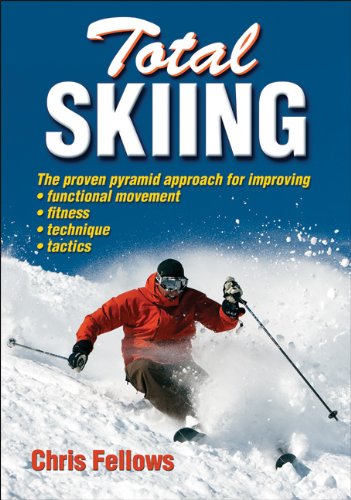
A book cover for Total Skiing; Chris Fellows; Sports & Outdoors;